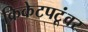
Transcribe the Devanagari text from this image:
क्रिकेटपटूंवर